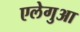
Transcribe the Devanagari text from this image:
एलेगुआ